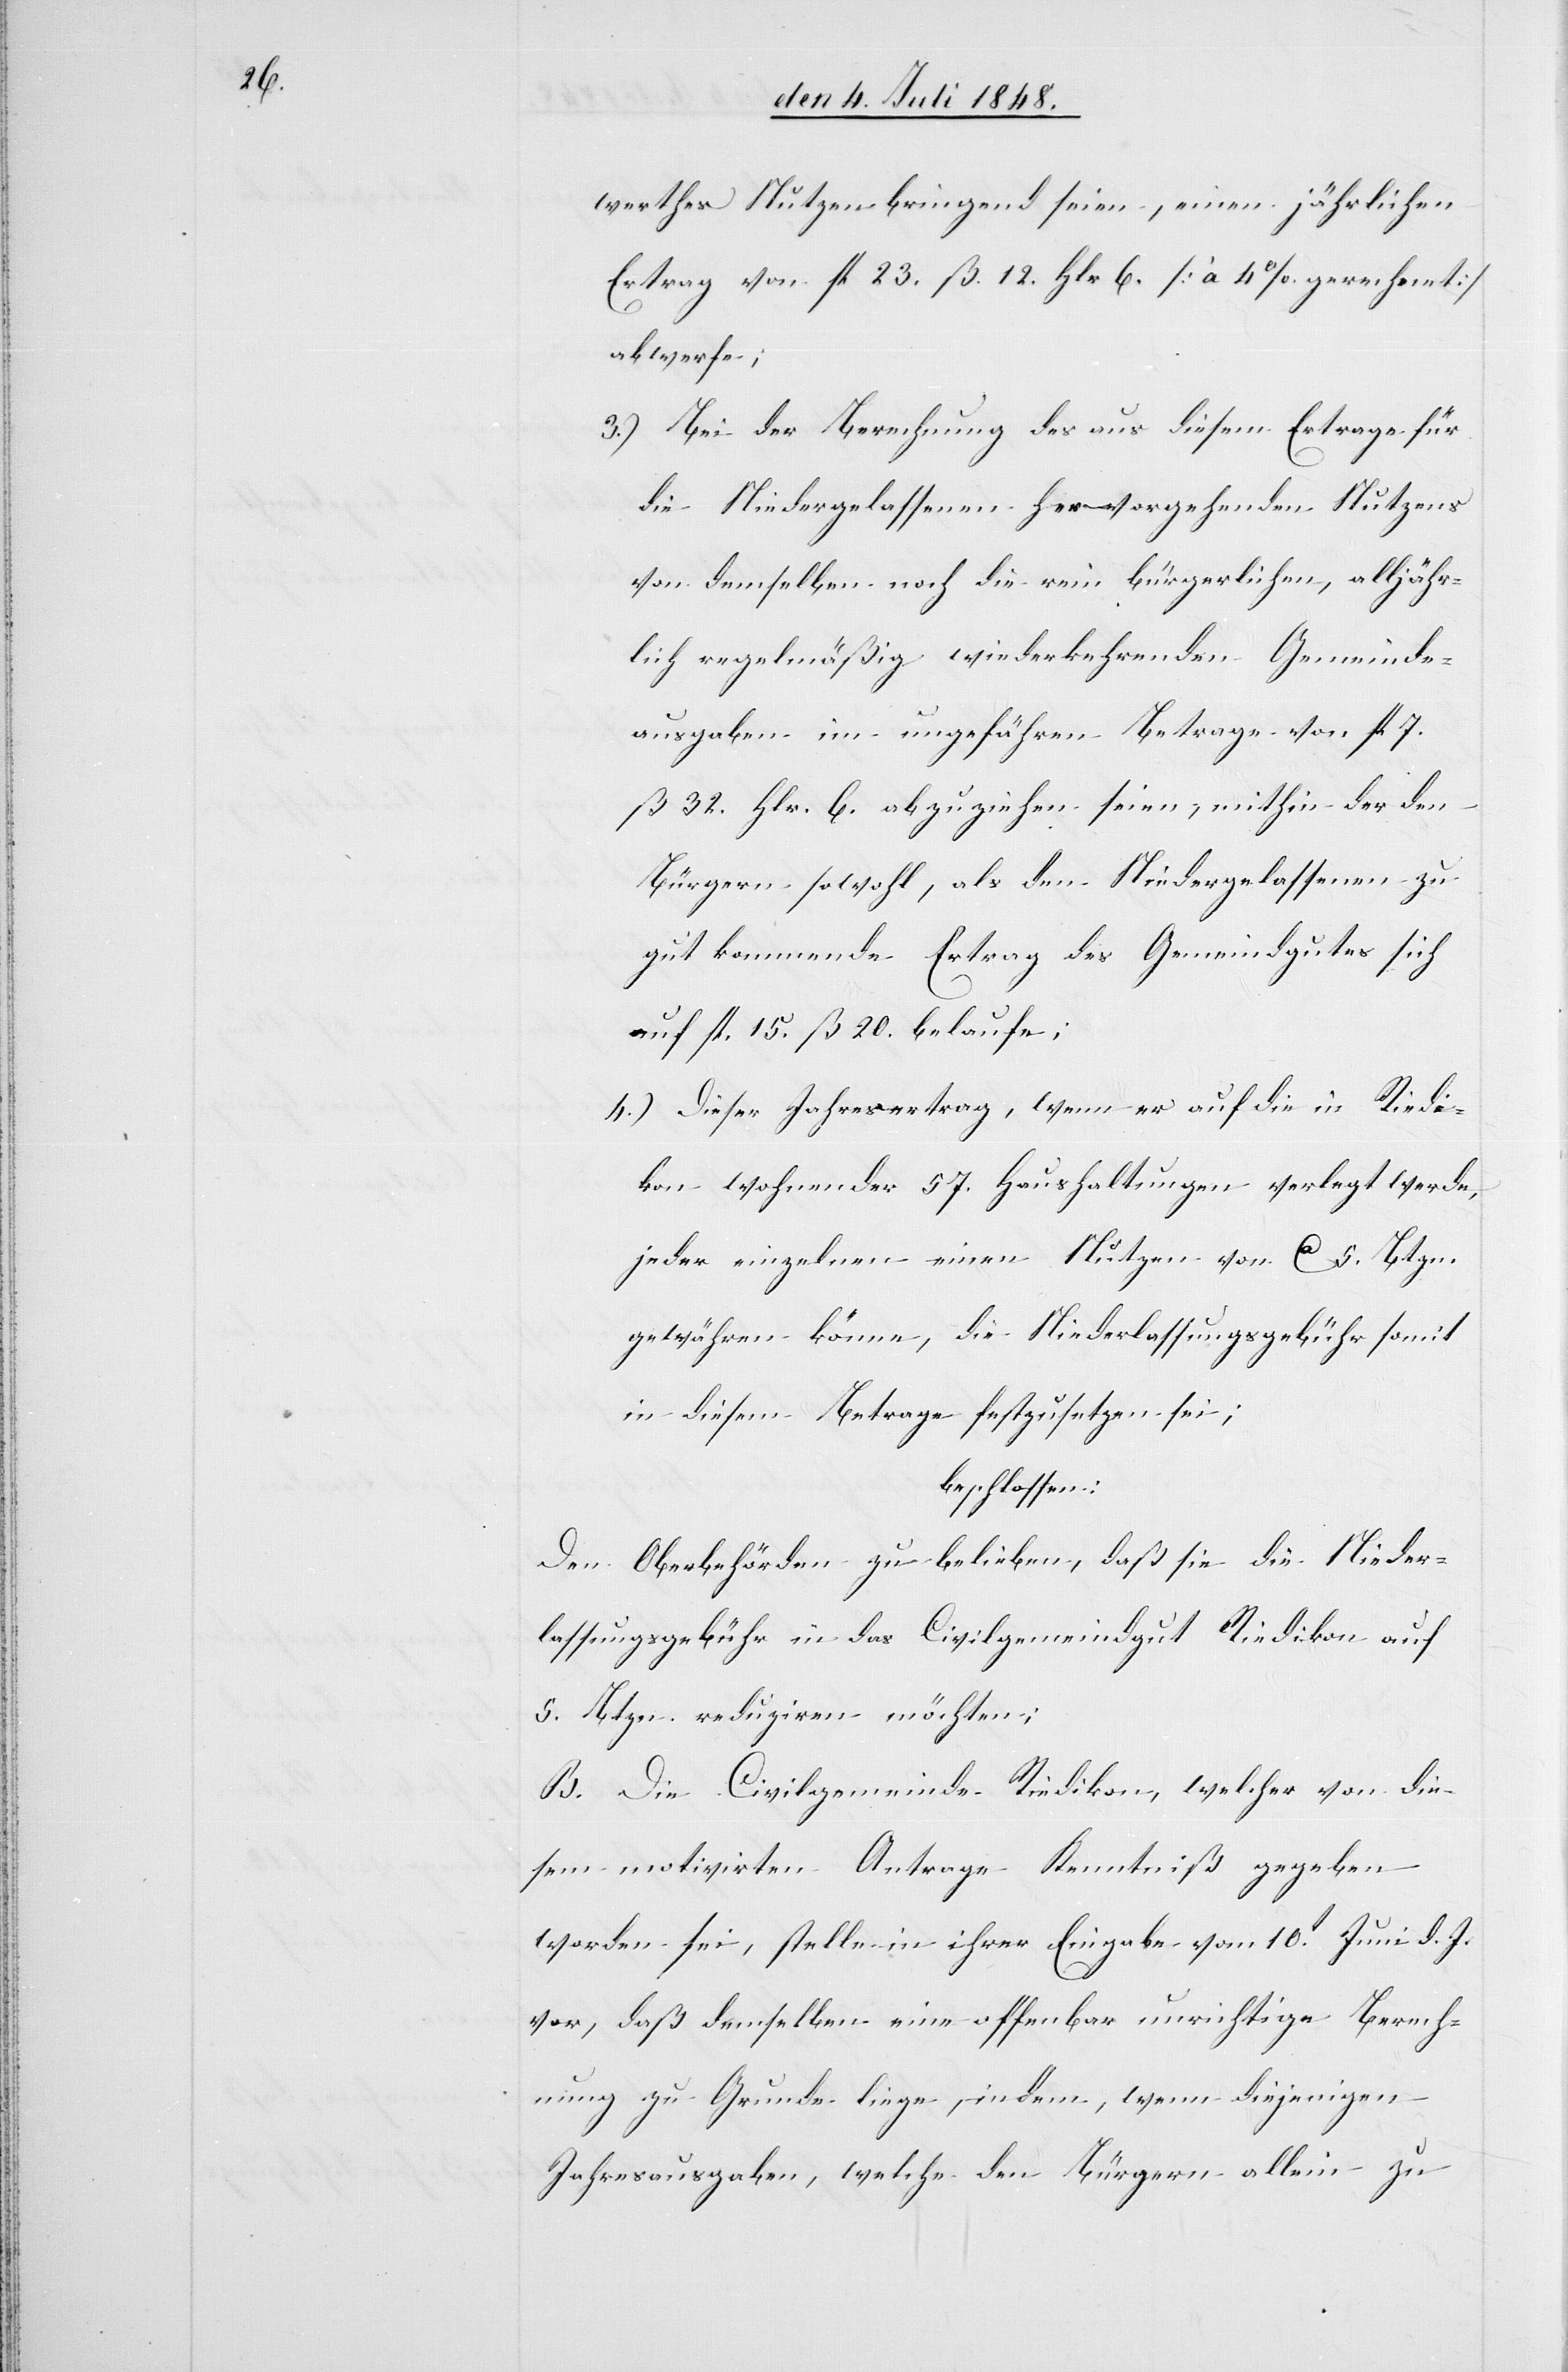
werthes Nutzen bringend seien, einen jährlichen
Ertrag von fl. 23. ß. 12. Hlr. 6. [à 4% gerechnet]
abwerfe;
3.) Bei der Berechnung des aus diesem Ertrage für
die Niedergelassenen hervorgehenden Nutzens
von demselben noch die rein bürgerlichen, alljähr¬
lich regelmäßig wiederkehrenden Gemeinde¬
ausgaben im ungefähren Betrage von fl. 7.
ß. 32. Hlr. 6. abzuziehen seien, mithin der den
Bürgern sowohl, als den Niedergelassenen zu
gut kommende Ertrag des Gemeindgutes sich
auf fl. 15. ß. 20. belaufe;
4.) Dieser Jahresertrag, wenn er auf die in Riedi¬
kon wohnender 57. Haushaltungen verlegt werde,
jeder einzelnen einen Nutzen von ca. 5. Btzn.
gewähren könne, die Niederlassungsgebühr somit
in diesem Betrage festzusetzen sei;
beschlossen:
Den Oberbehörden zu belieben, daß sie die Nieder¬
lassungsgebühr in das Civilgemeindgut Riedikon auf
5. Btzn. reduziren möchten;
B. Die Civilgemeinde Riedikon, welcher von die¬
sem motivirten Antrage Kenntniß gegeben
worden sei, stelle in ihrer Eingabe vom 10t Juni d. J.
vor, daß demselben eine offenbar unrichtige Berech¬
nung zu Grunde liege, indem, wenn diejenigen
Jahresausgaben, welche den Bürgern allein zu